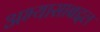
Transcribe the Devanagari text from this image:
अभ्यासाबद्दल